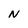
Character: N